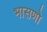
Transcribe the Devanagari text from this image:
भासणो